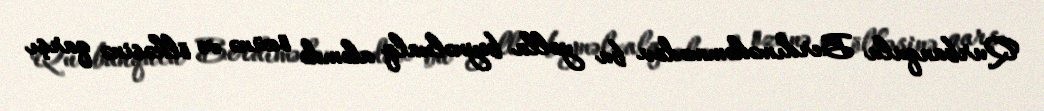
Qurbanqulu Berdıməhəmmədov bu yolla beynəlxalq aləmdə özünə və ölkəsinə qarşı